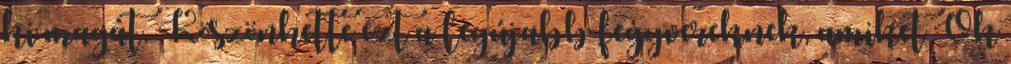
ki magát. Köszönhette ezt a legújabb fegyvereknek, amiket Ők